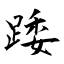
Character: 踒